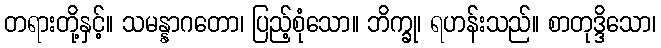
တရားတို့နှင့်။ သမန္နာဂတော၊ ပြည့်စုံသော။ ဘိက္ခု၊ ရဟန်းသည်။ စာတုဒ္ဒိသော၊